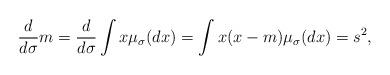
LaTeX: \begin{align*} \frac{d}{d\sigma}m = \frac{d}{d\sigma}\int{x \mu_{\sigma}(dx)} = \int{x(x - m)\mu_{\sigma}(dx)} = s^2,\end{align*}